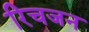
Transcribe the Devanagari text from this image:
रिचजन